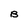
Character: B